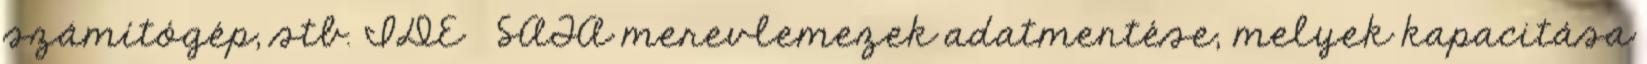
számítógép, stb. IDE SATA merevlemezek adatmentése, melyek kapacitása